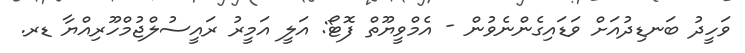
ވަހީދު ބަނޑިދުއަށް ވަޑައިގެންނެވުން - އެމްވީޔޫތް ފޮޓޯ: އަލީ އަމީރު ރައީސުލްޖުމްހޫރިއްޔާ ޑރ.